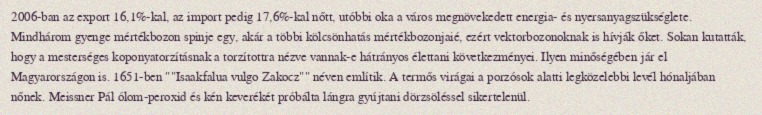
2006-ban az export 16,1%-kal, az import pedig 17,6%-kal nőtt, utóbbi oka a város megnövekedett energia- és nyersanyagszükséglete. Mindhárom gyenge mértékbozon spinje egy, akár a többi kölcsönhatás mértékbozonjaié, ezért vektorbozonoknak is hívják őket. Sokan kutatták, hogy a mesterséges koponyatorzításnak a torzítottra nézve vannak-e hátrányos élettani következményei. Ilyen minőségében jár el Magyarországon is. 1651-ben ""Isaakfalua vulgo Zakocz"" néven említik. A termős virágai a porzósok alatti legközelebbi levél hónaljában nőnek. Meissner Pál ólom-peroxid és kén keverékét próbálta lángra gyújtani dörzsöléssel sikertelenül.